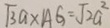
\sqrt { 3 } a \times A G = \sqrt { 2 } a ^ { 2 }